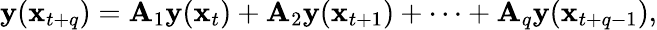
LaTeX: \begin{array}{r}{\mathbf{y}(\mathbf{x}_{t+q})=\mathbf{A}_{1}\mathbf{y}(\mathbf{x}_{t})+\mathbf{A}_{2}\mathbf{y}(\mathbf{x}_{t+1})+\dots+\mathbf{A}_{q}\mathbf{y}(\mathbf{x}_{t+q-1}),}\end{array}